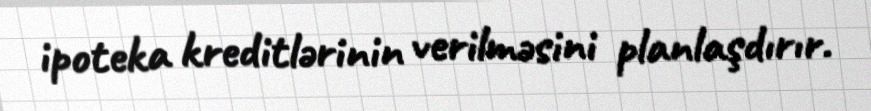
ipoteka kreditlərinin verilməsini planlaşdırır.